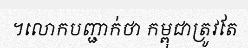
។លោកបញ្ជាក់ថា កម្ពុជាត្រូវតែ